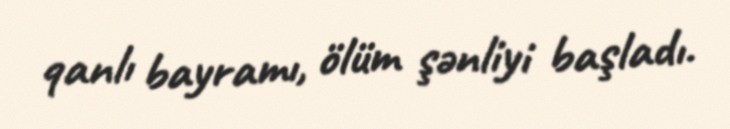
qanlı bayramı, ölüm şənliyi başladı.